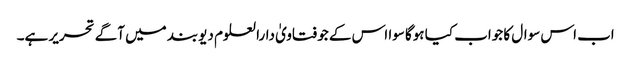
اب اس سوال کا جواب کیا ہوگا سوا اس کے جو فتاویٰ دارالعلوم دیوبند میں آگے تحریر ہے۔